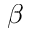
\beta